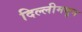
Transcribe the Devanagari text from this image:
दिल्लीमधून